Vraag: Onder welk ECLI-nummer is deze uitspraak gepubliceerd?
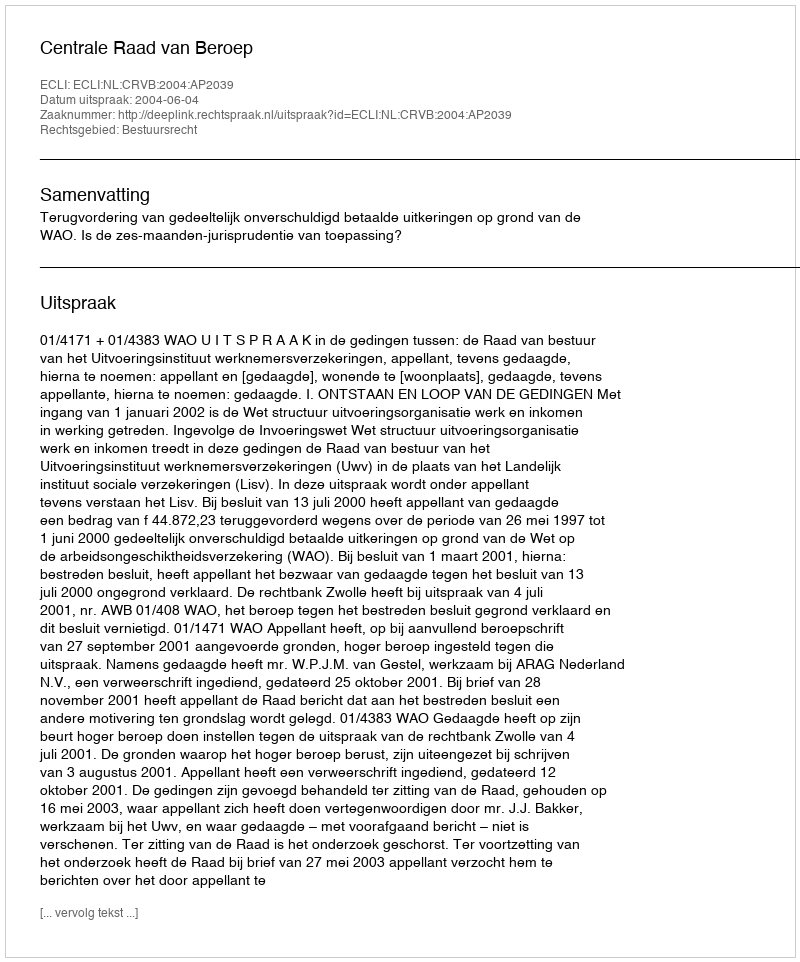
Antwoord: ECLI:NL:CRVB:2004:AP2039